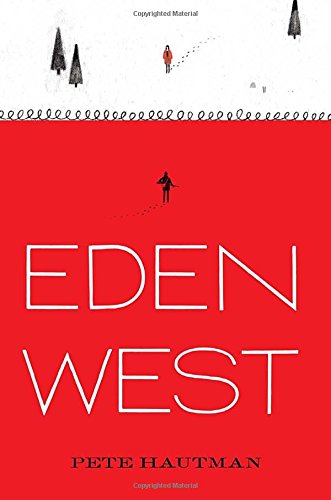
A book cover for Eden West; Pete Hautman; Teen & Young Adult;